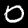
Label: 0